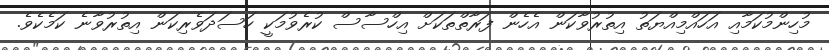
މުހިންމުކަމާއި އަހައްމިއްޔަތު އިތުރުވާކަން އެހެން ފަރާތްތަކަށް އިހްސާސް ކުރެވުމަކީ ހަސަދަވެރިކަން އިތުރުވާނެ ކަމެކެވެ.